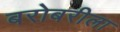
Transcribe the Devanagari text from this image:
बरोबरीला